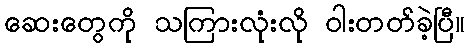
ဆေးတွေကို သကြားလုံးလို ဝါးတတ်ခဲ့ပြီ။